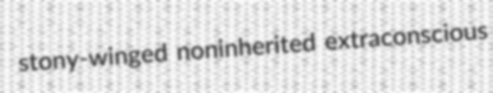
stony-winged noninherited extraconscious